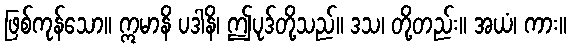
ဖြစ်ကုန်သော။ ဣမာနိ ပဒါနိ၊ ဤပုဒ်တို့သည်။ ဒသ၊ တို့တည်း။ အယံ၊ ကား။